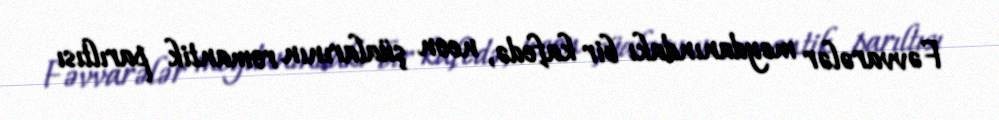
Fəvvarələr meydanındakı bir kafedə, neon şüalarının romantik parıltısı